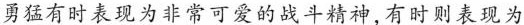
勇猛有时表现为非常可爱的战斗精神,有时则表现为